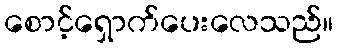
စောင့်ရှောက်ပေးလေသည်။